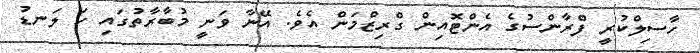
ހާސިލްކުރީ ފްރާންސުގެ އެންޓޮއިން ގްރިޒްމަން އެވެ. އޭނާ ވަނީ މުބާރާތުގައި ހަ ލަނޑު